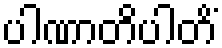
ပါဏာတိပါတိံ